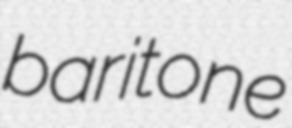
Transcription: baritone